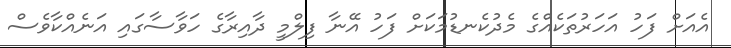
އެއަށް ފަހު އަހަރުތަކެއްގެ މެދުކެނޑުމަކަށް ފަހު އޭނާ ފިލްމީ ދާއިރާގެ ހަވާސާގައި އަނެއްކާވެސް